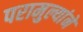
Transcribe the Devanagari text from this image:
परामुल्यांने